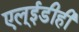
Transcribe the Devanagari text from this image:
एल्‌ईडीही